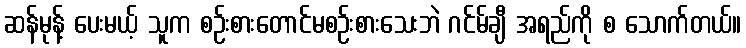
ဆန်မုန့် ပေးမယ့် သူက စဉ်းစားတောင်မစဉ်းစားသေးဘဲ ဂင်မ်ချီ အရည်ကို စ သောက်တယ်။